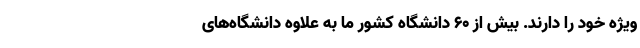
ویژه خود را دارند‌. بیش از ۶۰ دانشگاه کشور ما به علاوه دانشگاه‌های